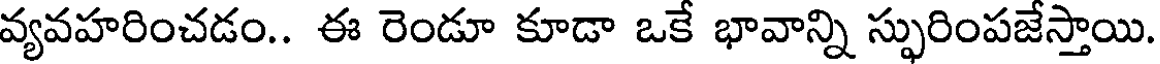
వ్యవహరించడం.. ఈ రెండూ కూడా ఒకే భావాన్ని స్ఫురింపజేస్తాయి